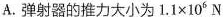
A.弹射器的推力大小为$$1 . 1 \times 1 0 ^ { 6 }$$N